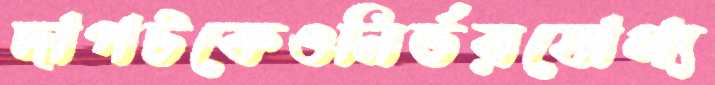
দাপটকেওনির্ভরযোগ্য